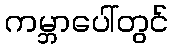
ကမ္ဘာပေါ်တွင်